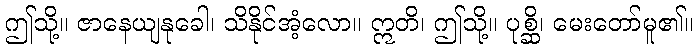
ဤသို့။ ဇာနေယျနုခေါ၊ သိနိုင်အံ့လော။ ဣတိ၊ ဤသို့။ ပုစ္ဆိ၊ မေးတော်မူ၏။